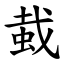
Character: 蛓